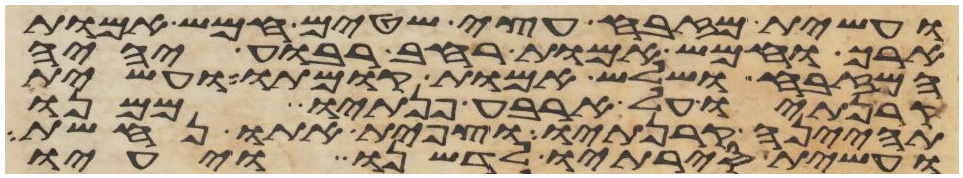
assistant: ועשית מזבח עצי שטים חמש אמות
ארך וחמש אמות רחב רבוע יהיה
המזבח ושלש אמות קומתו ועשית
קרנתיו על ארבע פנתיו ממנו
תהינה קרנתיו וצפית אתו נחשת
ועשית סירתיו לדשנו ויעיו